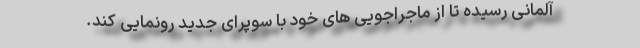
آلمانی رسیده تا از ماجراجویی های خود با سوپرای جدید رونمایی کند.